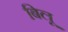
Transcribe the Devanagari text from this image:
बिलू